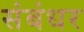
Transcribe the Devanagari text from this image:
संबंधर